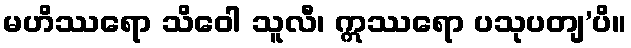
မဟိဿရော သိဝေါ သူလီ၊ ဣဿရော ပသုပတျ’ပိ။